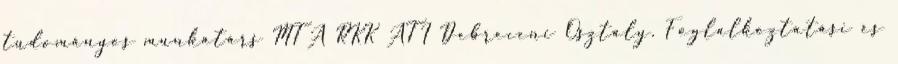
tudományos munkatárs MTA RKK ATI Debreceni Osztály. Foglalkoztatási és